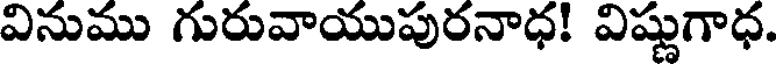
వినుము గురువాయుపురనాధ! విష్ణుగాధ.